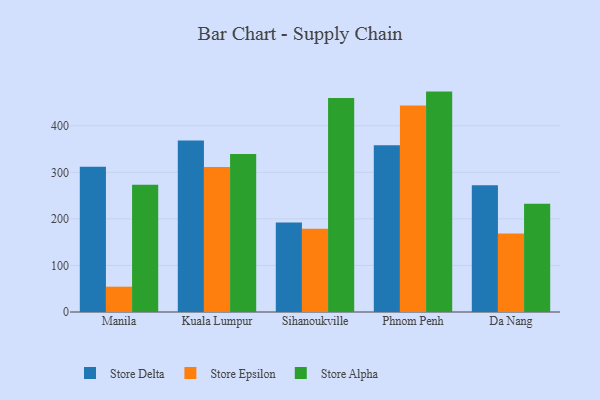
{"axis": {"x": "City", "y": "Inventory Turnover"}, "legend": ["Store Alpha", "Store Delta", "Store Epsilon"], "data": [{"x": "Manila", "y": 311.8, "type": "Store Delta"}, {"x": "Manila", "y": 54.4, "type": "Store Epsilon"}, {"x": "Manila", "y": 273.1, "type": "Store Alpha"}, {"x": "Kuala Lumpur", "y": 368.3, "type": "Store Delta"}, {"x": "Kuala Lumpur", "y": 311.7, "type": "Store Epsilon"}, {"x": "Kuala Lumpur", "y": 339.5, "type": "Store Alpha"}, {"x": "Sihanoukville", "y": 192.2, "type": "Store Delta"}, {"x": "Sihanoukville", "y": 179.0, "type": "Store Epsilon"}, {"x": "Sihanoukville", "y": 459.9, "type": "Store Alpha"}, {"x": "Phnom Penh", "y": 357.9, "type": "Store Delta"}, {"x": "Phnom Penh", "y": 443.8, "type": "Store Epsilon"}, {"x": "Phnom Penh", "y": 473.4, "type": "Store Alpha"}, {"x": "Da Nang", "y": 272.0, "type": "Store Delta"}, {"x": "Da Nang", "y": 168.5, "type": "Store Epsilon"}, {"x": "Da Nang", "y": 232.6, "type": "Store Alpha"}]}